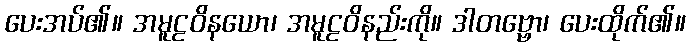
ပေးအပ်၏။ အမူဠဝိနယော၊ အမူဠဝိနည်းကို။ ဒါတဗ္ဗော၊ ပေးထိုက်၏။